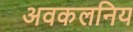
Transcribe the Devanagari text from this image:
अवकलनिय